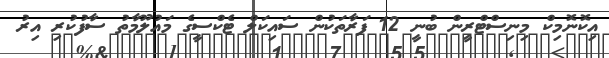
އިކޮނޮމިކް މިނިސްޓްރީން ބުނީ 12 ފަރާތަކުން ސައިކަލް ޓެކްސީގެ މައުލޫމާތު ސާފުކުރި އިރު